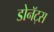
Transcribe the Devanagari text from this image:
डोनॅट्स